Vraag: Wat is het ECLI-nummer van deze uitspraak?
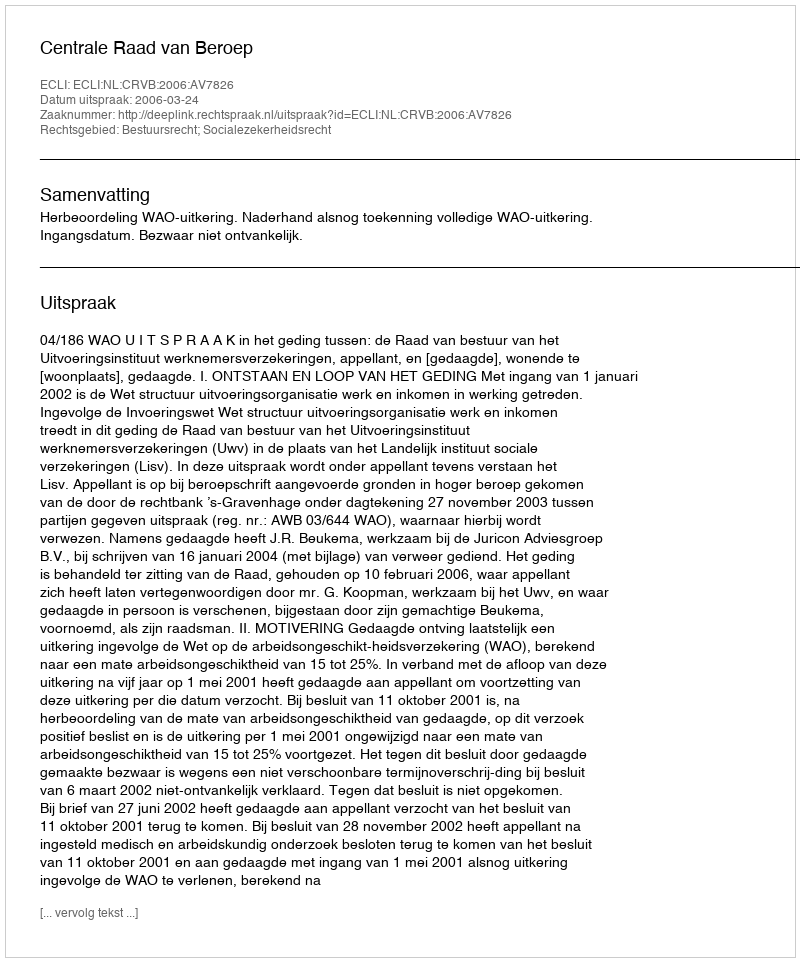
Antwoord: ECLI:NL:CRVB:2006:AV7826